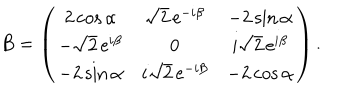
B = \left( \begin{matrix} { { 2 \cos \alpha } } & { { \sqrt { 2 } \, \mathrm { e } ^ { - i \beta } } } & { { - 2 \sin \alpha } } \\ { { - \sqrt { 2 } \, \mathrm { e } ^ { i \beta } } } & { { 0 } } & { { i \sqrt { 2 } \, \mathrm { e } ^ { i \beta } } } \\ { { - 2 \sin \alpha } } & { { i \sqrt { 2 } \, \mathrm { e } ^ { - i \beta } } } & { { - 2 \cos \alpha } } \\ \end{matrix} \right) .